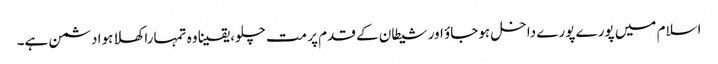
اسلام میں پورے پورے داخل ہوجاؤ اور شیطان کے قدم پر مت چلو، یقینا وہ تمہارا کھلا ہوا دشمن ہے۔